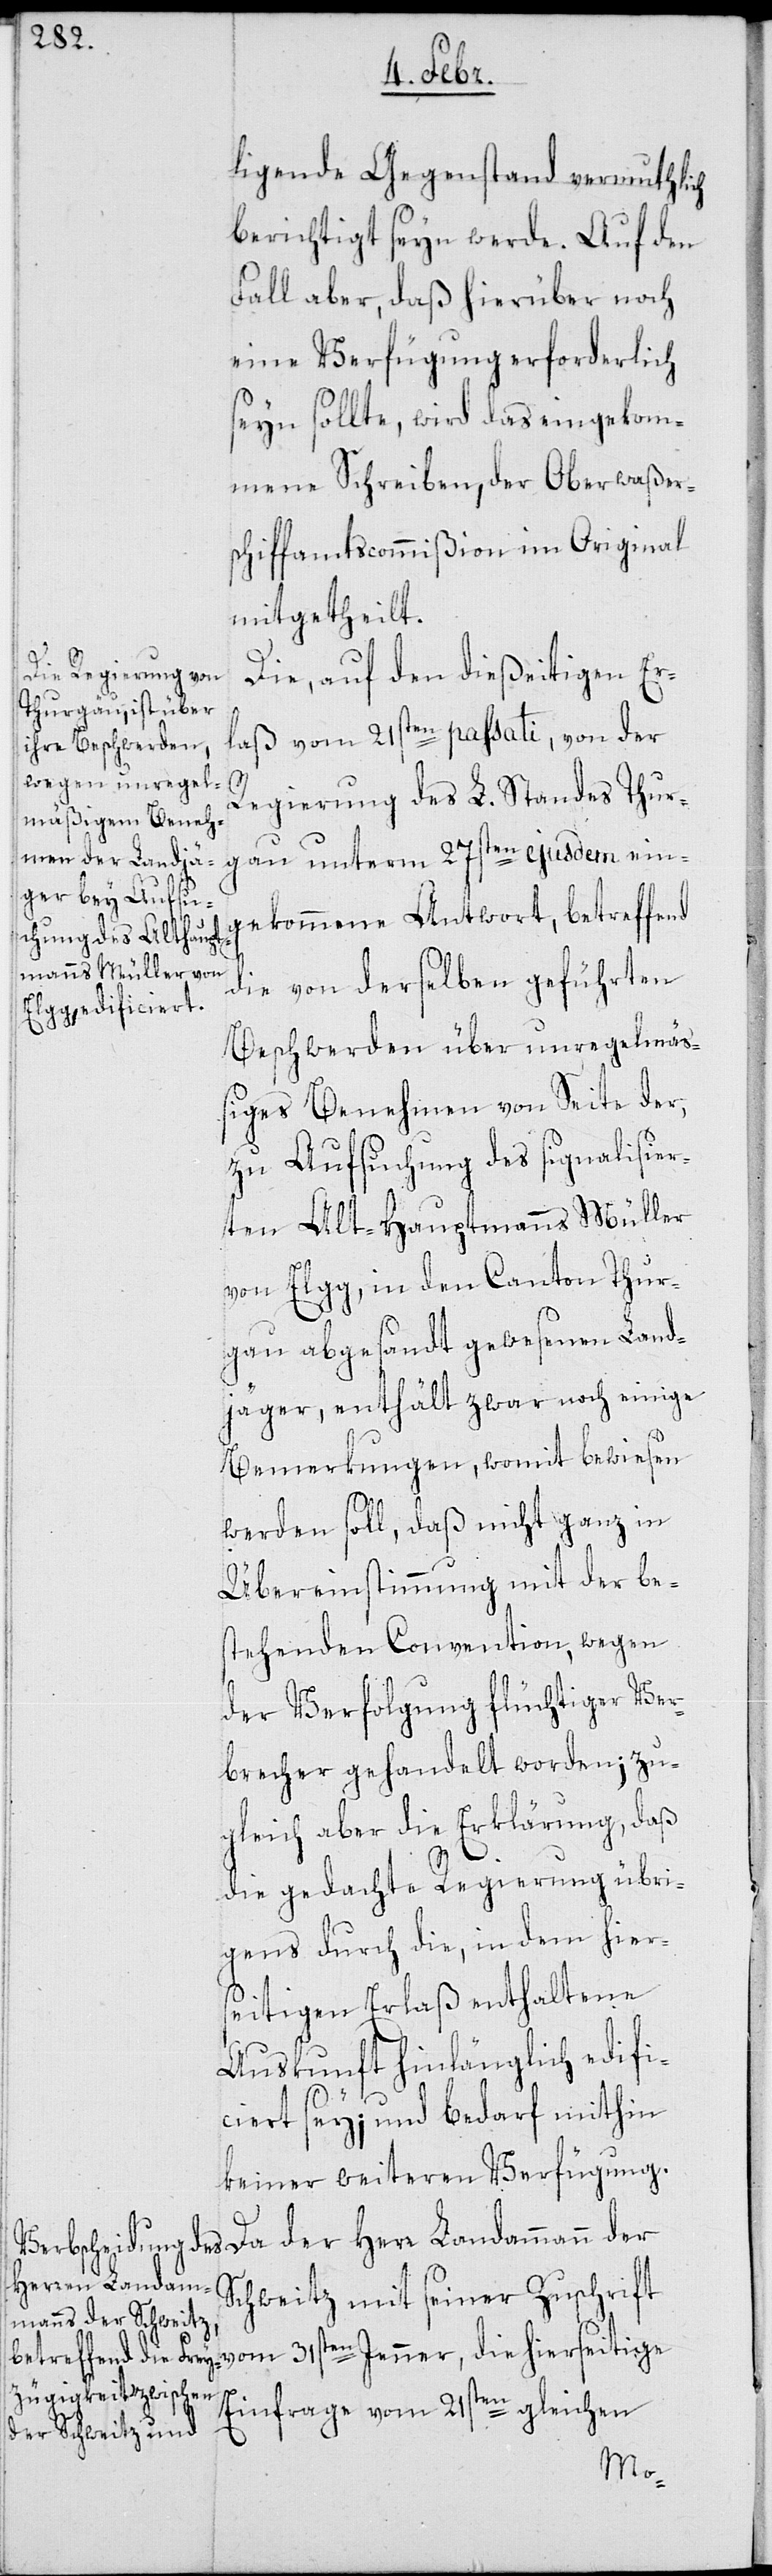
ligende Gegenstand vermuthlich
berichtigt seyn werde. Auf den
Fall aber, daß hierüber noch
eine Verfügung erforderlich
seyn sollte, wird das eingekom¬
mene Schreiben der Oberwaßer¬
schiffamtscommißion im Original
mitgetheilt.
Die, auf den dießeitigen Er¬
laß vom 21sten passati, von der
Regierung des L. Standes Thur¬
gekommene Antwort, betreffend
die von derselben geführten
Beschwerden über unregelmä¬
ßiges Benehmen von Seite der,
zu Aufsuchung des signalisier¬
ten Alt-Hauptmanns Müller
von Elgg, in den Canton Thur¬
gau abgesandt gewesenen Land¬
jäger, enthält zwar noch einige
Bemerkungen, womit bewiesen
werden soll, daß nicht ganz in
Übereinstimmung mit der be¬
stehenden Convention, wegen
der Verfolgung flüchtiger Ver¬
brecher gehandelt worden; zu¬
gleich aber die Erklärung, daß
die gedachte Regierung übri¬
gens durch die, in dem hier¬
seitigen Erlaß enthaltene
Auskunft hinlänglich edifi¬
ciert sey; und bedarf mithin
keiner weiteren Verfügung.
ein¬
Da der Herr Landammann der
Schweitz mit seiner Zuschrift
vom 31sten Jenner, die hiersetige
Einfrage vom 21sten gleichen